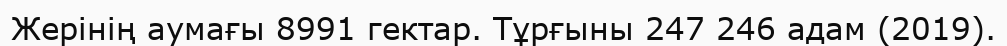
Жерінің аумағы 8991 гектар. Тұрғыны 247 246 адам (2019).